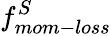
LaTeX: f_{mom-loss}^{S}